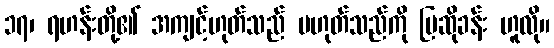
၁၇၊ ရဟန်းတို့၏ အကျင့်ဟုတ်သည် မဟုတ်သည်ကို ပြဆိုခန်း ဟူလို။